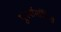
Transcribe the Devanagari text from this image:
पुनर्नामांकित